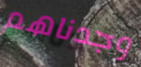
وجدناهم